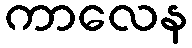
ကာလေန